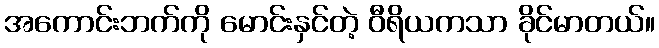
အကောင်းဘက်ကို မောင်းနှင်တဲ့ ဝီရိယကသာ ခိုင်မာတယ်။